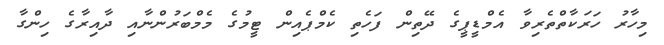
މިހާރު ހަރަކާތްތެރިވާ އެމްޑީޕީގެ ދޭތިން ފަހެތި ކެމްޕެއިން ޓީމުގެ މެމްބަރުންނާއި ދާއިރާގެ ހިންގާ